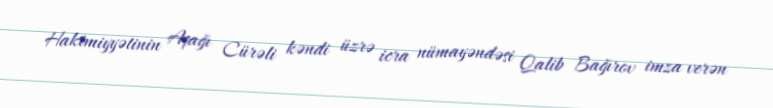
Hakimiyyətinin Aşağı Cürəli kəndi üzrə icra nümayəndəsi Qalib Bağırov imza verən